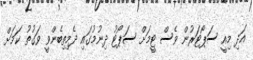
އަދި މިއީ ސަޕޯޓަރުން ވެސް ޓީމަށް ސަޕޯޓު ދިނުމުގައި ދެމިތިބެންވީ ވަގުތު ކަމަށް